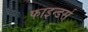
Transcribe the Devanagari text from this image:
फाइन्डर्स